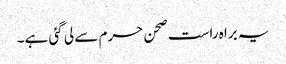
یہ براہ راست صحن حرم سے لی گئی ہے۔